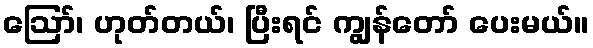
ဪ၊ ဟုတ်တယ်၊ ပြီးရင် ကျွန်တော် ပေးမယ်။